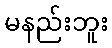
မနည်းဘူး